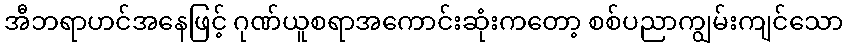
အီဘရာဟင်အနေဖြင့် ဂုဏ်ယူစရာအကောင်းဆုံးကတော့ စစ်ပညာကျွမ်းကျင်သော